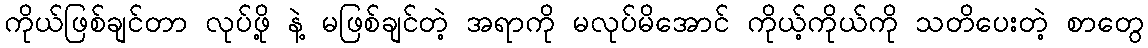
ကိုယ်ဖြစ်ချင်တာ လုပ်ဖို့ နဲ့ မဖြစ်ချင်တဲ့ အရာကို မလုပ်မိအောင် ကိုယ့်ကိုယ်ကို သတိပေးတဲ့ စာတွေ